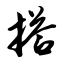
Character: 搭